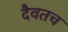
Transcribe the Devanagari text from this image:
दैवतच